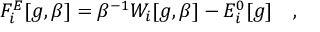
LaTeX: F _ { i } ^ { E } [ g , \beta ] = \beta ^ { - 1 } W _ { i } [ g , \beta ] - E _ { i } ^ { 0 } [ g ] ~ ~ ~ ,